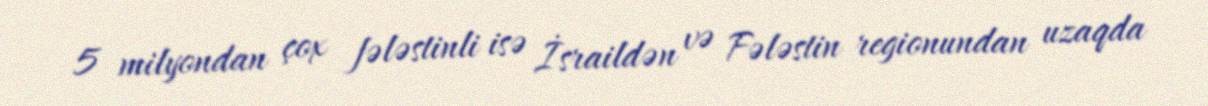
5 milyondan çox fələstinli isə İsraildən və Fələstin regionundan uzaqda